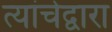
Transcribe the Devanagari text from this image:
त्यांचेद्वारा